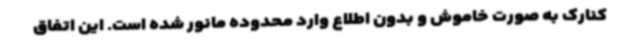
کنارک به صورت خاموش و بدون اطلاع وارد محدوده مانور شده است. این اتفاق